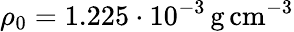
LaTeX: \rho_{0}=1.225\cdot 10^{-3}\, \mathrm{g\, cm}^{-3}